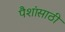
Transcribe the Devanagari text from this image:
पैशांसाठी